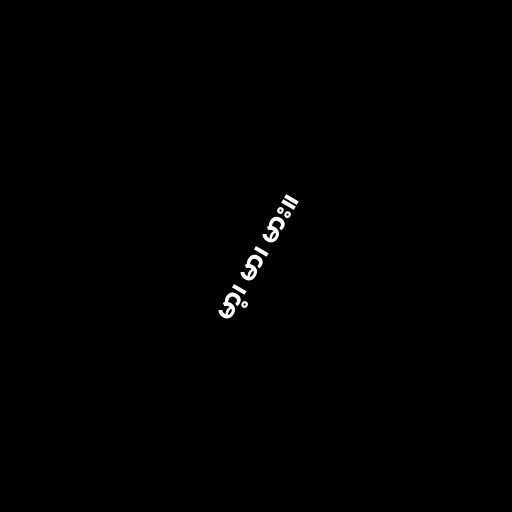
မာ့၊ မာ၊ မား။